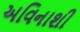
અવિનાશી